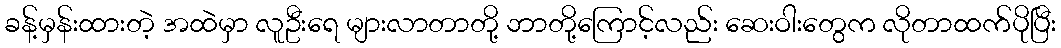
ခန့်မှန်းထားတဲ့ အထဲမှာ လူဦးရေ များလာတာတို့ ဘာတို့ကြောင့်လည်း ဆေးဝါးတွေက လိုတာထက်ပိုပြီး